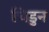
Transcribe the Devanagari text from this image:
चिडुन